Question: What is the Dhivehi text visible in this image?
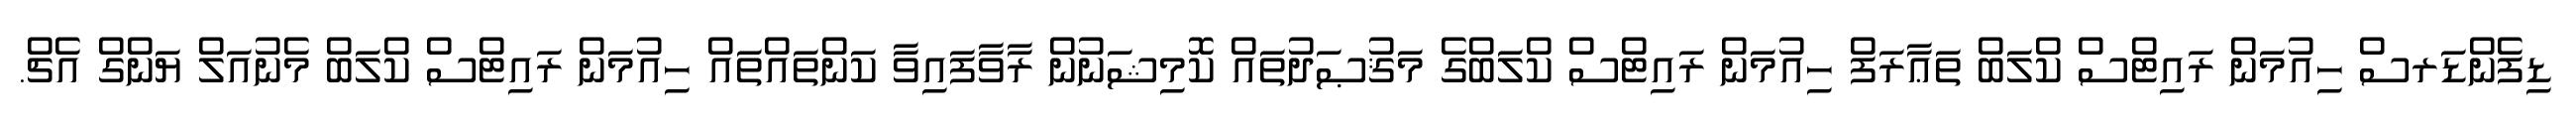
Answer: ޑިފެންޑަރސް ހިއުމަން ރައިޓްސް ކްލަބް ތަޢާރަފް ހިއުމަން ރައިޓްސް ކްލަބްގެ މަޤުޞަދުތައް ކޮމިޝަނުން ރާވާފައިވާ ކަންތައްތައް ހިއުމަން ރައިޓްސް ކްލަބް މެނުއަލް ޔަންގް އެޗް.